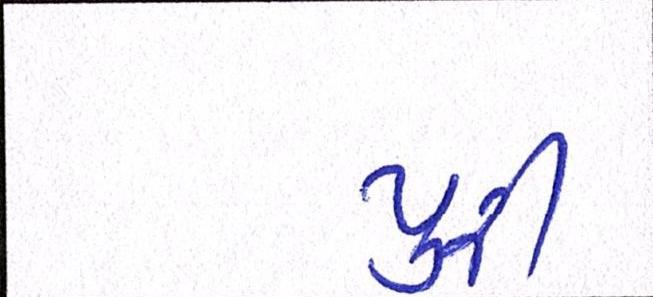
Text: પુરી